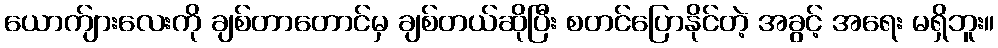
ယောက်ျားလေးကို ချစ်တာတောင်မှ ချစ်တယ်ဆိုပြီး စတင်ပြောနိုင်တဲ့ အခွင့် အရေး မရှိဘူး။